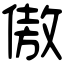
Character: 傲